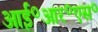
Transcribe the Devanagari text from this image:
आई॰आर॰एस॰